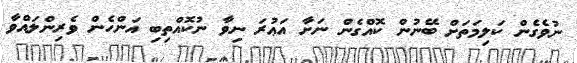
ނުވެގެން ކަލިމަތަށް ބޭނުން ކޮއްގެން ނަށާ އަޢުރަ ނިވާ ނުކޮއްތިބި އަންހެން ވެރިންލައްވާ